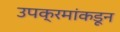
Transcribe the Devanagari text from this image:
उपक्रमांकडून